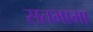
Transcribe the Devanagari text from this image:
सतभामा